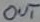
Text: OUT